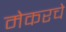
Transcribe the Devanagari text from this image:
मेकरचे